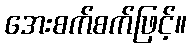
အေးစက်စက်ဖြင့်။